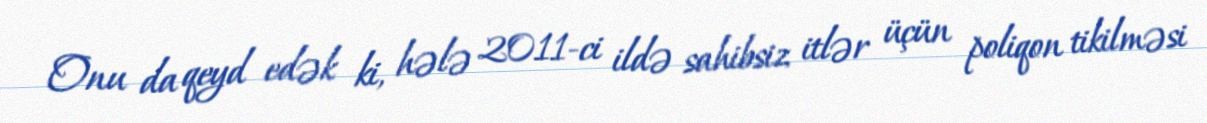
Onu da qeyd edək ki, hələ 2011-ci ildə sahibsiz itlər üçün poliqon tikilməsi